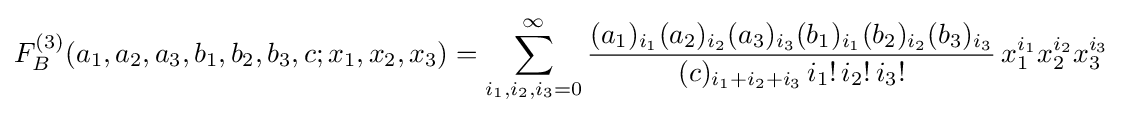
F_{B}^{(3)}(a_{1},a_{2},a_{3},b_{1},b_{2},b_{3},c;x_{1},x_{2},x_{3})=\sum _{i_{1},i_{2},i_{3}=0}^{\infty }{\frac {(a_{1})_{i_{1}}(a_{2})_{i_{2}}(a_{3})_{i_{3}}(b_{1})_{i_{1}}(b_{2})_{i_{2}}(b_{3})_{i_{3}}}{(c)_{i_{1}+i_{2}+i_{3}}\,i_{1}!\,i_{2}!\,i_{3}!}}\,x_{1}^{i_{1}}x_{2}^{i_{2}}x_{3}^{i_{3}}